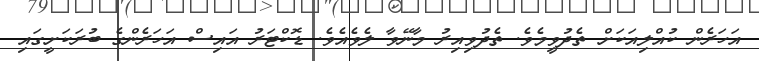
އަހަރެން ކުއްލިއަކަށް ތެދުވީމެވެ. ތެދުވިއިރު މާނޭވާ ލެވެއެވެ. ޑޮކްޓަރު އައިސް އަހަރެންގެ ބުރަކަށީގައި